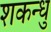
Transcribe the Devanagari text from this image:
शकन्धु